Report on vaccination in Madras 1922-1929 - 1922-1929
Year: 1922
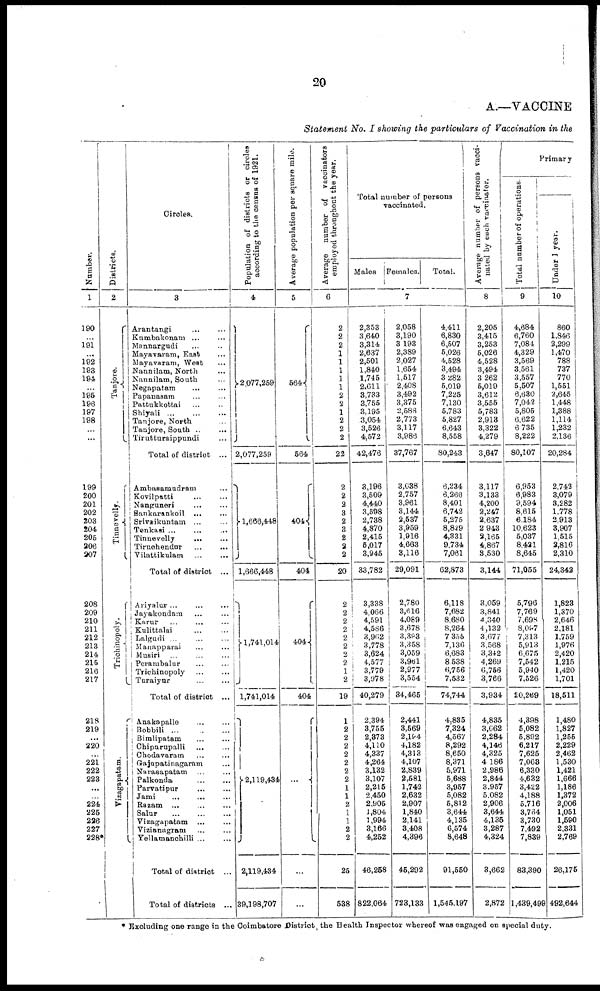
20
A.—VACCINE
Statement No. I showing the particulars of Vaccination in the
Number.
1
190
...
191
...
192
193
194
195
196
197
198
...
...
199
200
201
202
203
204
205
206
207
208
209
210
211
212
213
214
215
216
217
218
219
...
220
...
221
222
223
...
...
224
225
226
227
228
Districts.
2
Tanjore.
Tinnevelly.
Trichinopoly.
Vizagapatam.
Circles.
3
Arantangi ... ...
Kumbakonam ... ...
Mannargudi ... ...
Mayavaram, East ...
Mayavaram, West ...
Nannilam, North ...
Kannilam, South ...
Negapatam ... ...
Papanasam ... ...
Pattukkottai
...
...
Shiyali ... ... ...
Tanjore, North ...
Tanjore, South ... ...
Tirutturaippundi ...
Total of district ...
Ambasamudram ...
Kovilpatti
...
...
Nanguneri
...
...
Sankarankoil ... ...
Srivaikuntam ... ...
Tenkasi ... ... ...
Tinnevelly
...
...
Tiruchendur ... ...
Vilattikulam ... ...
Total of district ...
Ariyalur
...
...
...
Jayakondam ... ...
Karur ... ... ...
Kulittalai ... ...
Lalgudi ... ... ...
Manapparai ... ...
Musiri ... ... ...
Perambalur ... ...
Trichinopoly ... ...
Turaiyur ... ...
Total of district ...
Anakapalle ... ...
Bobbili
...
...
...
Bimlipatam ... ...
Chipurupalli ... ...
Chodavaram
...
...
Gajapatinagaram ...
Narasapatam
...
...
Palkonda
...
...
Parvatipur ... ...
Jami ... ... ...
Razam ... ... ...
Salur
...
...
...
Vizagapatam ... ...
Vizianagram ... ...
Yellamanchilli ... ...
Total of district ...
Total of districts ...
Population of districts or circles
according to the census of 1921.
4
2,077,259
2,077,259
1,666,448
1,666,448
1,741,014
1,741,014
2,119,434
2,119,434
39,198,707
Average population per square mile.
5
564
564
404
404
404
404
...
...
...
Average number of vaccinators
employed throughout the year.
6
2
2
2
1
1
1
1
1
2
2
1
2
2
2
22
2
2
2
3
2
3
2
2
2
20
2
2
2
2
2
2
2
2
1
2
19
1
2
2
2
2
2
2
2
1
1
2
1
1
2
2
25
538
Total number of persons
vaccinated.
Males Females.
Total.
7
2,353
3,640
3,314
2,637
2,501
1,840
1,745
2,611
3,733
3,755
3,195
3,054
3,526
4,572
42,476
3,196
3,509
4,440
3,598
2,738
4,870
2,415
5,017
3,945
33,782
3,338
4,066
4,591
4,586
3,962
3,778
3,624
4,577
3,779
3,978
40,279
2,394
3,755
2,373
4,110
4,337
4,264
3,132
3,107
2,215
2,450
2,905
1,804
1,994
3,166
4,252
46,258
822,064
2,058
3,190
3,193
2,389
2,027
1,654
1,517
2,408
3,492
3,375
2,588
2,773
3,117
3,986
37,767
3,038
2,757
3,961
3,144
2,537
3,959
1,916
4,663
3,116
29,091
2,780
3,6l6
4,089
3,678
3,303
3,358
3,059
3,961
2,977
3,554
34,465
2,441
3,569
2,104
4,182
4,313
4,107
2,839
2,581
1,742
2,632
2,907
1,840
2,141
3,408
4,396
45,292
723,133
4,411
6,830
6,507
5,026
4,528
3,494
3,282
5,019
7,225
7,130
5,783
5,827
6,643
8,558
80,243
6,234
6,266
8,401
6,742
5,275
8,829
4,331
9,734
7,061
62,873
6,118
7,682
8,680
8,264
7,355
7,136
6,683
8,538
6,756
7,532
74,744
4,835
7,324
4,567
8,292
8,650
8,371
5,971
5,688
3,957
5,082
5,812
3,644
4,135
6,574
8,648
91,550
1,545,197
Average number of persons vacci-
nated by each vaccinator.
8
2,205
3,415
3,253
5,026
4,528
3,494
3,262
5,019
3,612
3,555
5,783
2,913
3,322
4,279
3,647
3,117
3,133
4,200
2,247
2,637
2,943
2,165
4,867
3,530
3,144
3,059
3,841
4,340
4,132
3,677
3,568
3,342
4,269
6,756
3,766
3,934
4,835
3,662
2,284
4,146
4,325
4,186
2,986
2,844
3,957
5,082
2,906
3,644
4,135
3,287
4,324
3,662
2,872
Primary
Total number of operations.
9
4,684
6,760
7,084
4,329
3,569
3,561
3,557
5,507
6,630
7,042
5,805
6,622
6,735
8,222
80,107
6,953
6,983
9,594
8,615
6,184
10,623
5,037
8,421
8,645
71,055
5,796
7,769
7,698
8,097
7,313
5,913
6,675
7,542
5,940
7,526
20,269
4,398
5,082
5,892
6,217
7,625
7,068
6,330
4,632
3,422
4,188
5,716
3,764
3,730
7,492
7,839
83,390
1,439,499
Under 1 year.
10
860
1,846
2,299
1,470
788
737
770
1,551
2,645
1,448
1,388
1,114
1,232
2,136
20,284
2,742
3,079
3,282
1,778
2,913
3,907
1,515
2,816
2,310
24,342
1,823
1,370
2,646
2,181
1,759
1,976
2,420
1,215
1,420
1,701
18,511
1,480
1,827
1,255
2,229
2,462
1,530
1,421
1,666
1,186
1,372
2,006
1,051
1,590
2,331
2,769
26,175
492,644
* Excluding one range in the Coimbatore District, the Health Inspector whereof was engaged on special duty.